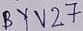
Text: BYV27